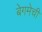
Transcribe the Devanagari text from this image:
बेगमेची